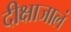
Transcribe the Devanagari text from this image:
दीक्षाजालं